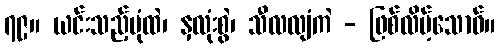
၇၉။ ယင်းသည့်ပုံထဲ၊ နှလုံးစွဲ၊ သီလလျံကဲ - ဖြစ်လိမ့်သောဝ်။